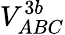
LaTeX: V_{ABC}^{3b}